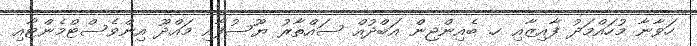
ހަވާނާ މުހައްމަދު ފާއިޒާއި ހ. ބެއިންޖިން އަބްދުއް ސައްތާރު ޔޫސުފާއި މައްދޫ އިންވެސްޓްމެންޓާއި